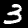
Digit: 3